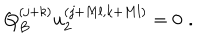
Q _ { B } ^ { ( j + k ) } u _ { 2 } ^ { ( j + M l , k + M l ) } = 0 \, \, .